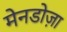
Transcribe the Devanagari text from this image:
मेनडोज़ा